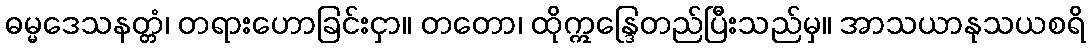
ဓမ္မဒေသနတ္တံ၊ တရားဟောခြင်းငှာ။ တတော၊ ထိုဣန္ဒြေတည်ပြီးသည်မှ။ အာသယာနုသယစရိ